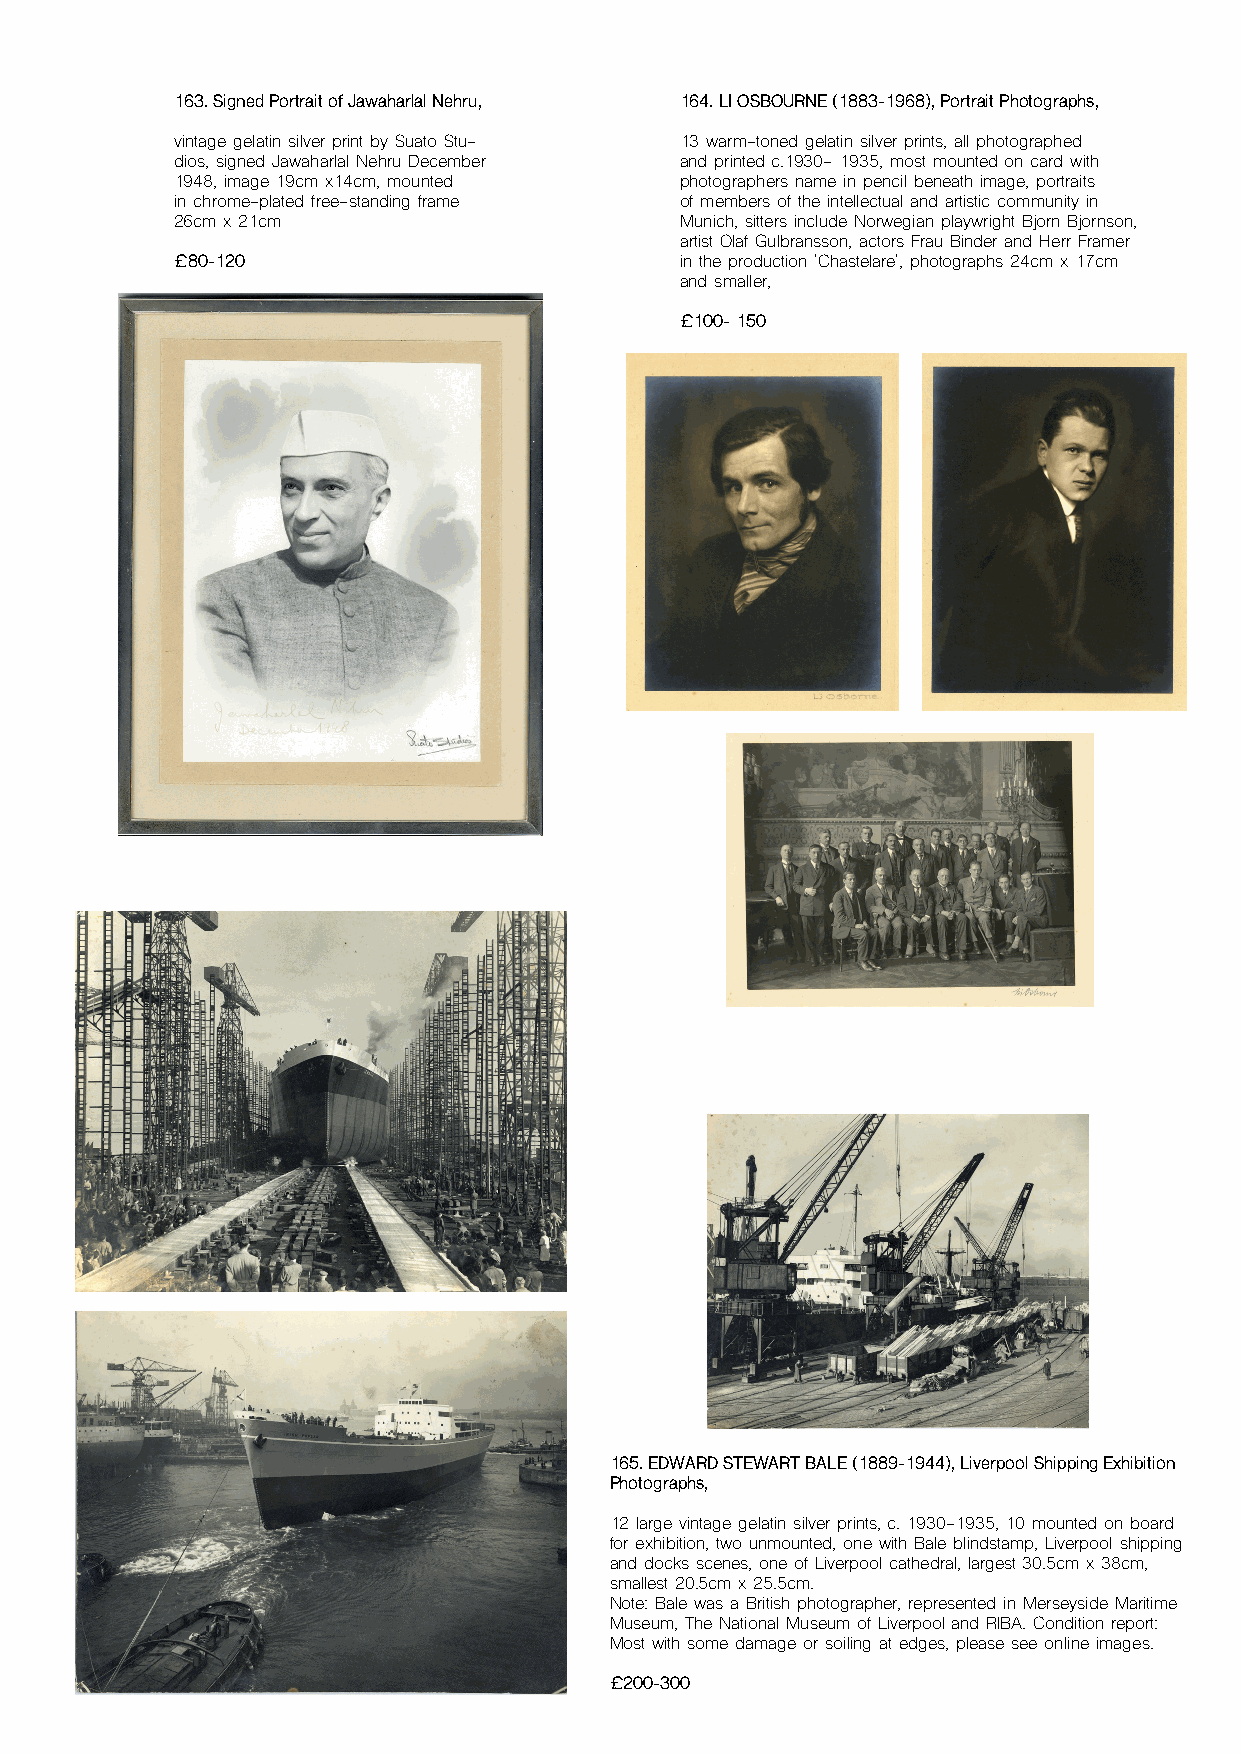
163. Signed Portrait of Jawaharlal Nehru, 164. LI OSBOURNE (1883-1968), Portrait Photographs,
 vintage gelatin silver print by Suato Stu- 13 warm-toned gelatin silver prints, all photographed
 dios, signed Jawaharlal Nehru December and printed c.1930- 1935, most mounted on card with
 1948, image 19cm x14cm, mounted  photographers name in pencil beneath image, portraits
 in chrome-plated free-standing frame of members of the intellectual and artistic community in
 26cm x 21cm                      Munich, sitters include Norwegian playwright Bjorn Bjornson,
 artist Olaf Gulbransson, actors Frau Binder and Herr Framer
 £80-120                          in the production 'Chastelare', photographs 24cm x 17cm
 and smaller,
 £100- 150
 165. EDWARD STEWART BALE (1889-1944), Liverpool Shipping Exhibition
 Photographs,
 12 large vintage gelatin silver prints, c. 1930-1935, 10 mounted on board
 for exhibition, two unmounted, one with Bale blindstamp, Liverpool shipping
 and docks scenes, one of Liverpool cathedral, largest 30.5cm x 38cm,
 smallest 20.5cm x 25.5cm.
 Note: Bale was a British photographer, represented in Merseyside Maritime
 Museum, The National Museum of Liverpool and RIBA. Condition report:
 Most with some damage or soiling at edges, please see online images.
 £200-300